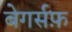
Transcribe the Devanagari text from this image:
बेगर्सफ़